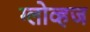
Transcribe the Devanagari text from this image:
ग्लोव्हज